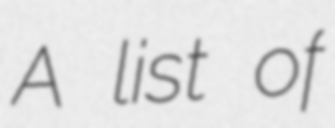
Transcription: A list of